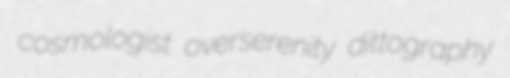
cosmologist overserenity dittography